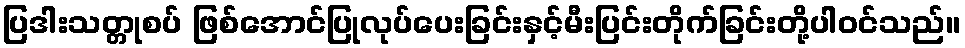
ပြဒါးသတ္တုစပ် ဖြစ်အောင်ပြုလုပ်ပေးခြင်းနှင့်မီးပြင်းတိုက်ခြင်းတို့ပါဝင်သည်။